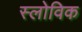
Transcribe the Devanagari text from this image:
स्लोविक